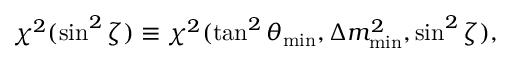
\chi ^ { 2 } ( \sin ^ { 2 } \zeta ) \equiv \chi ^ { 2 } ( \tan ^ { 2 } \theta _ { \mathrm { m i n } } , \Delta m _ { \mathrm { m i n } } ^ { 2 } , \sin ^ { 2 } \zeta ) ,